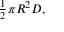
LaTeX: \scriptstyle { \frac { 1 } { 2 } } \pi R ^ { 2 } D ,